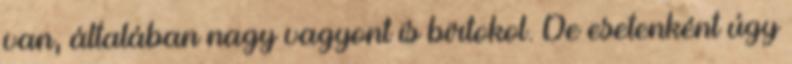
van, általában nagy vagyont is birtokol. De esetenként úgy